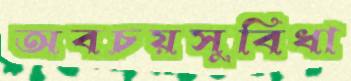
অবচয়সুবিধা